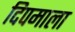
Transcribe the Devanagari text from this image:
दिपमाला